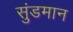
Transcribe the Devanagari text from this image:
सुंडमान